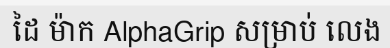
ដៃ ម៉ាក AlphaGrip សម្រាប់ លេង